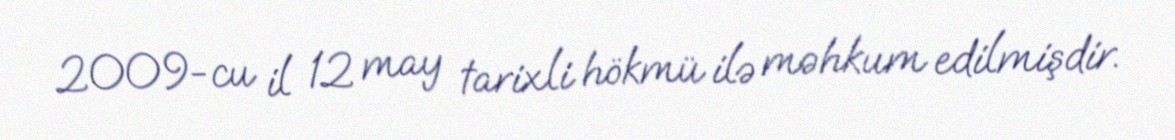
2009-cu il 12 may tarixli hökmü ilə məhkum edilmişdir.